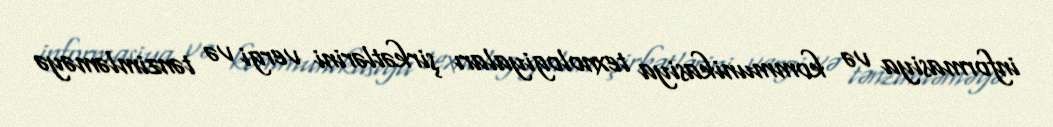
informasiya və kommunikasiya texnologiyaları şirkətlərini vergi və tənzimləməyə